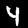
Label: 4